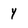
Character: y